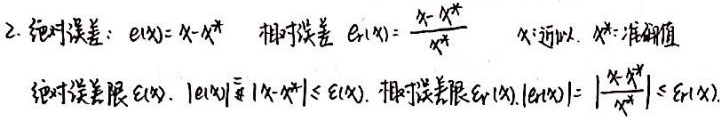
2. 绝对误差：\(e(x)=x - x^{*}\)，相对误差 \(e_{r}(x)=\frac{x - x^{*}}{x^{*}}\)。其中，\(x\)为近似值，\(x^{*}\)为准确值。绝对误差限 \(\varepsilon(x)\)，满足\(|e(x)|=|x - x^{*}|\leq\varepsilon(x)\)；相对误差限 \(\varepsilon_{r}(x)\)，满足\(|e_{r}(x)|=\left|\frac{x - x^{*}}{x^{*}}\right|\leq\varepsilon_{r}(x)\) 。